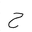
Letter: _ha